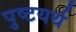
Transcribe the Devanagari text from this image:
पुष्टयर्थ